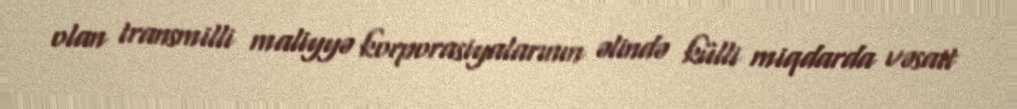
olan transmilli maliyyə korporasiyalarının əlində külli miqdarda vəsait